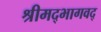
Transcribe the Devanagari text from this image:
श्रीमद्भागवद्